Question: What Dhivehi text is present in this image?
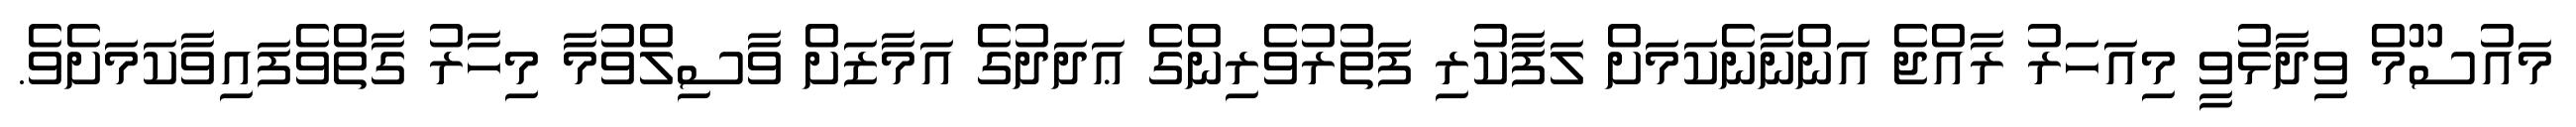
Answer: މައުސޫމް ވިދާޅުވީ މިއަހަރު ރާއްޖެ އަންނާނެކަމަށް ލަފާކުރި ފަތުރުވެރިންގެ ޢަދަދުގެ އަމާޒަށް ވާސިލްވުމާ މިހާރު ގާތްވެފައިވާކަމަށެވެ.